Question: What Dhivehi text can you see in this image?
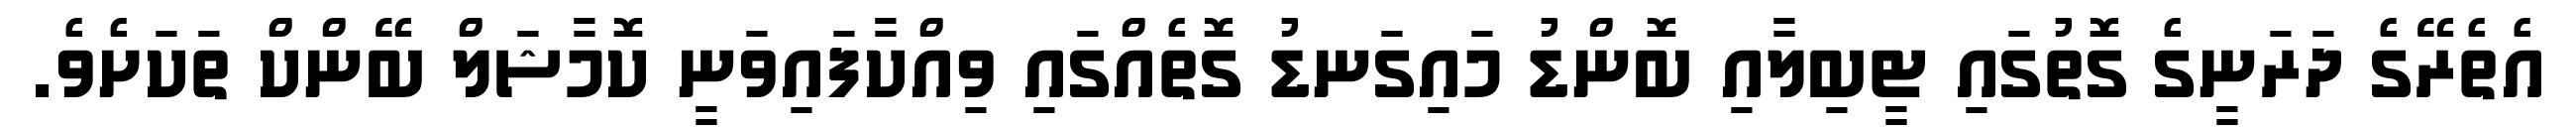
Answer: އެތެރޭގެ ދަރަނީގެ ގޮތުގައި ޓީބިލާއި ބޮންޑު މައިގަނޑު ގޮތެއްގައި ވިއްކާފައިވަނީ ކޮމާޝަލް ބޭންކް ތަކަށެވެ.